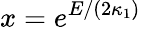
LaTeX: x=e^{E/(2\kappa_{1})}